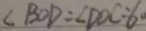
\angle B O D = \angle D O C : 6 0